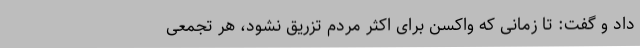
داد و گفت: تا زمانی که واکسن برای اکثر مردم تزریق نشود، هر تجمعی